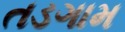
તડગામ